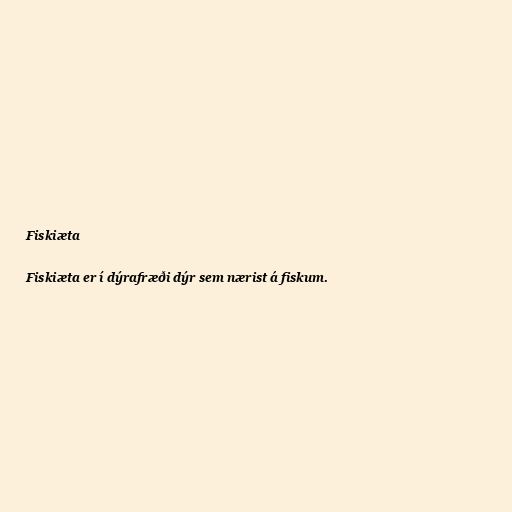
Fiskiæta

Fiskiæta er í dýrafræði dýr sem nærist á fiskum.